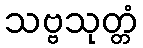
သဗ္ဗသုတ္တံ